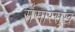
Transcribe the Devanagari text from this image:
संसारसुख